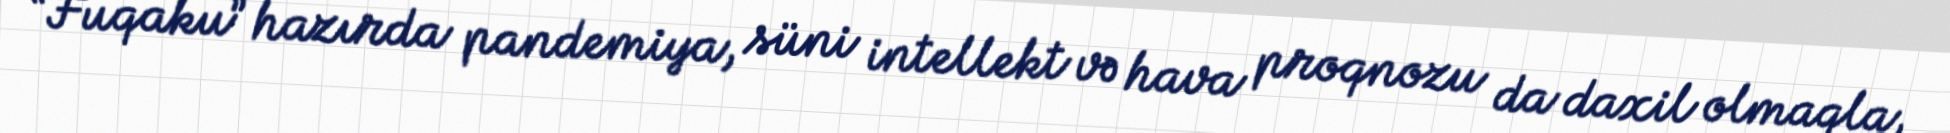
“Fuqaku” hazırda pandemiya, süni intellekt və hava proqnozu da daxil olmaqla,